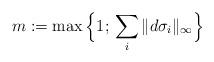
LaTeX: \begin{align*}m := \max\Big\{1 ; \, \sum_i \|d\sigma_i \|_\infty \Big\}\end{align*}